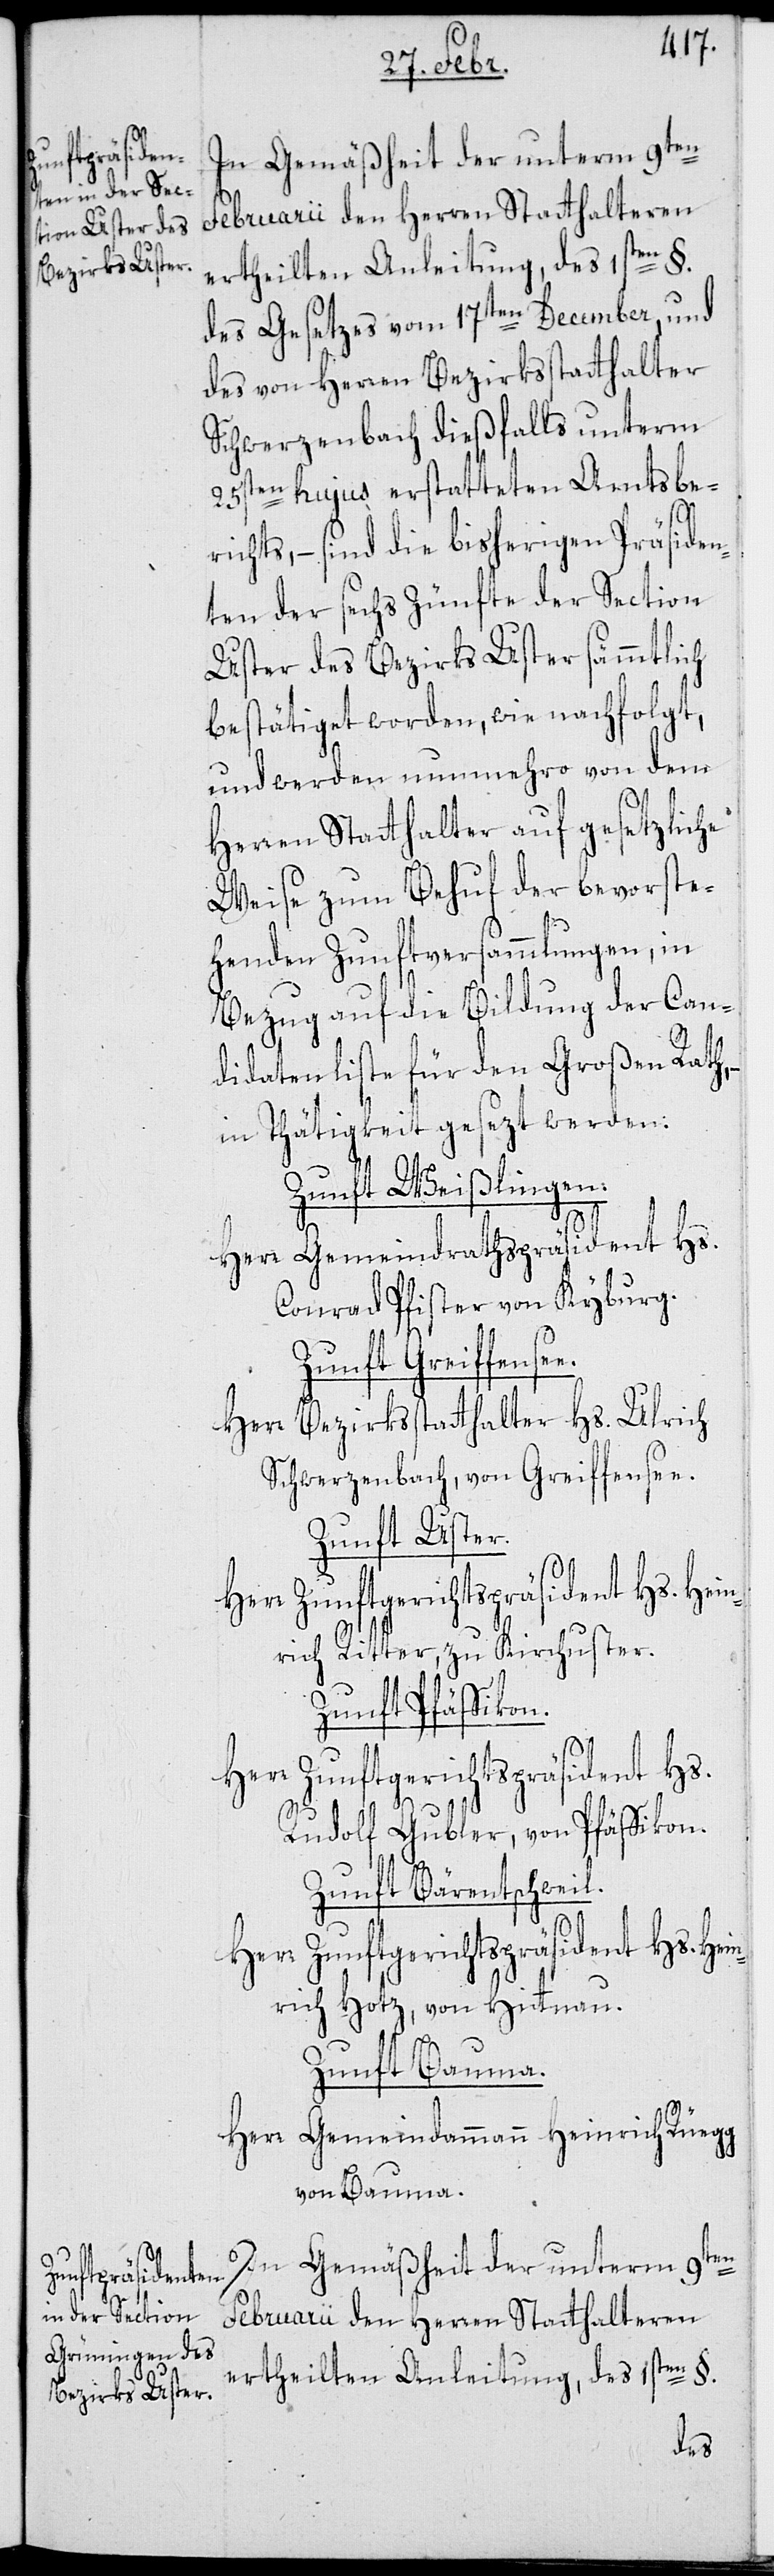
In Gemäßheit der unterm 9ten
Februarii den Herren Statthalteren
ertheilten Anleitung des 1sten §.
des Gesetzes vom 17ten December, und
des von Herren Bezirksstatthalter
Schwerzenbach dießfalls unterm
25sten hujus erstatteten Amtsbe¬
richts, – sind die bisherigen Präsiden¬
ten der sechs Zünfte der Section
Uster des Bezirks Uster sämmtlich
bestätiget worden, wie nachfolgt,
und werden nunmehro von dem
Herren Statthalter auf gesetzliche
Weise zum Behuf der bevorste¬
henden Zunftversammlungen, in
Bezug auf die Bildung der Can¬
didatenliste für den Großen Rath,
in Thätigkeit gesezt werden:
Zunft Weißlingen.
Herr Gemeindrathspräsident Hs.
Conrad Pfister von Kyburg.
Zunft Greiffense¬
Herr Bezirksstatthalter Hs. Ulrich
Schwerzenbach, von Greiffensee.
Zunft Uster.
Herr Zunftgerichtspräsident Hs. Hein¬
rich Ritter, zu Kirchuster.
Zunft Pfäffikon.
Herr Zunftgerichtspräsident Hs.
Rudolf Gubler, von Pfäffikon.
Zunft Bärentschweil.
rich Hotz, von Hittnau.
Zunft Bauma.
Herr Gemeindammann Heinrich Rüegg,
von Bauma.
e.
Februarii den Herren Statthalteren
ertheilten Anleitung des 1sten §.